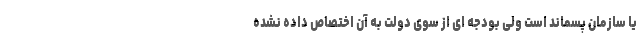
یا سازمان پسماند است ولی بودجه ای از سوی دولت به آن اختصاص داده نشده